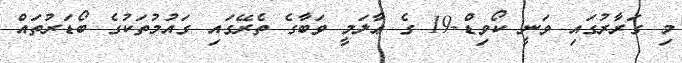
މި ގަރާރުގައި ވަނީ ކޯވިޑް-19 ގެ ޢާލަމީ ވަބާގެ ތެރޭގައި ގައުމުތަކުގެ ބޯޑަރުތައް